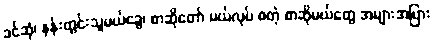
ခင်ဆုံ၊ နန်းတွင်းသူမယ်ခွေ၊ စာဆိုတော် မယ်လုပ် စတဲ့ စာဆိုမယ်တွေ အများအပြား